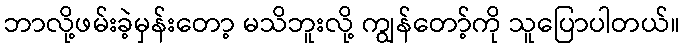
ဘာလို့ဖမ်းခဲ့မှန်းတော့ မသိဘူးလို့ ကျွန်တော့်ကို သူပြောပါတယ်။